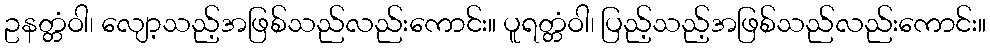
ဥနတ္တံဝါ၊ လျော့သည့်အဖြစ်သည်လည်းကောင်း။ ပူရတ္တံဝါ၊ ပြည့်သည့်အဖြစ်သည်လည်းကောင်း။